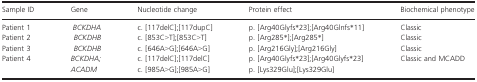
<table><thead><tr><td><b>Sample ID</b></td><td><b>Gene</b></td><td><b>Nucleotide change</b></td><td><b>Protein effect</b></td><td><b>Biochemical phenotype</b></td></tr></thead><tbody><tr><td>Patient 1</td><td><i>BCKDHA</i></td><td>c. [117delC];[117dupC]</td><td>p. [Arg40Glyfs*23];[Arg40Glnfs*11]</td><td>Classic</td></tr><tr><td>Patient 2</td><td><i>BCKDHB</i></td><td>c. [853C&gt;T];[853C&gt;T]</td><td>p. [Arg285*];[Arg285*]</td><td>Classic</td></tr><tr><td>Patient 3</td><td><i>BCKDHB</i></td><td>c. [646A&gt;G];[646A&gt;G]</td><td>p. [Arg216Gly];[Arg216Gly]</td><td>Classic</td></tr><tr><td>Patient 4</td><td><i>BCKDHA; ACADM</i></td><td>c. [117delC];[117delC] c. [985A&gt;G];[985A&gt;G]</td><td>p. [Arg40Glyfs*23];[Arg40Glyfs*23] p. [Lys329Glu];[Lys329Glu]</td><td>Classic and MCADD</td></tr></tbody></table>